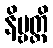
နိဗ္ဗတ္တိ